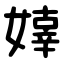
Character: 嫴